Annual administration report of the Civil Veterinary Department, Ajmere-Merwara, British Rajputana - 1914-1940
Year: 1914
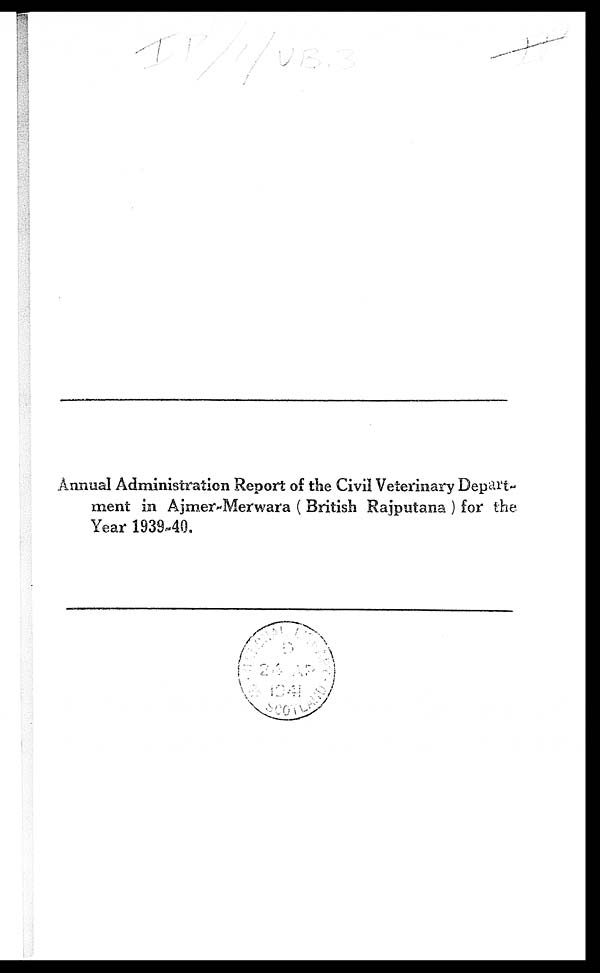
Annual Administration Report of the Civil Veterinary Depart-
ment in Ajmer-Merwara ( British Rajputana) for the
Year 1939-40.